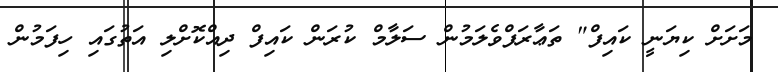
މަށަށް ކިޔަނީ ކައިފް" ތަޢާރަފްވެލަމުން ސަލާމް ކުރަން ކައިފް ދިއްކޮށްލި އަތުގައި ހިފަމުން